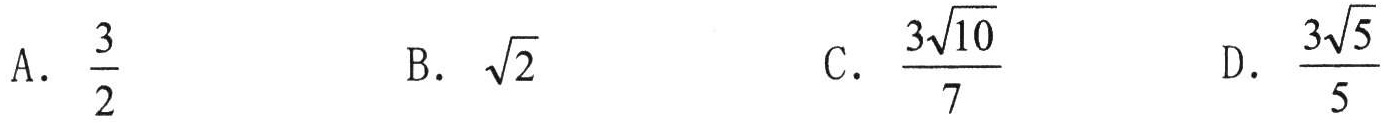
A. $\frac{3}{2}$  B. $\sqrt{2}$  C. $\frac{3\sqrt{10}}{7}$  D. $\frac{3\sqrt{5}}{5}$